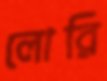
লোরি